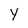
Character: Y